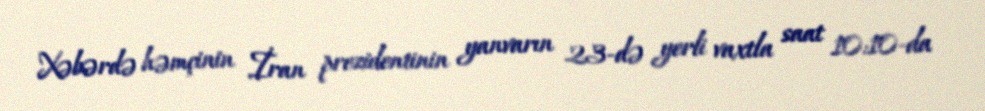
Xəbərdə həmçinin İran prezidentinin yanvarın 23-də yerli vaxtla saat 10:10-da